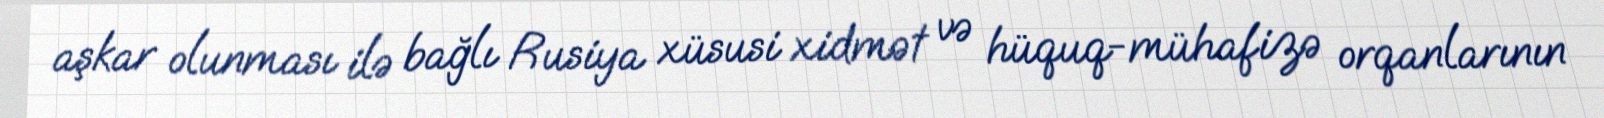
aşkar olunması ilə bağlı Rusiya xüsusi xidmət və hüquq-mühafizə orqanlarının